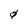
Character: 0